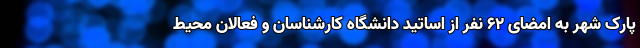
پارک شهر به امضای ۶۲ نفر از اساتید دانشگاه کارشناسان و فعالان محیط